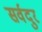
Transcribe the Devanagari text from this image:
सर्वदुर